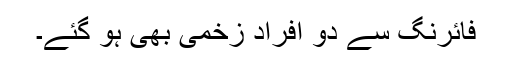
فائرنگ سے دو افراد زخمی بھی ہو گئے۔